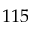
1 1 5